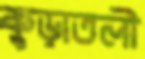
কুড়াতলী